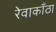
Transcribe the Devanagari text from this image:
रेवाकाँठा